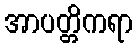
အာပတ္တိကရာ